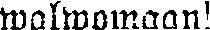
walwomaan!